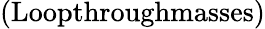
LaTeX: (\textup{Loopthroughmasses})